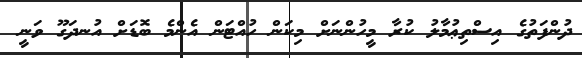
ދުންފަތުގެ އިސްތިޢުމާލު ކުރާ މީހުންނަށް މިކަން ހުއްޓަން އެންމެ ބޮޑަށް އުނދަގޫ ވަނީ